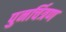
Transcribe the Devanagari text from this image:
पुनर्चित्रण